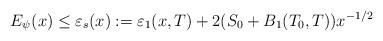
LaTeX: \begin{align*} E_{\psi}(x) \le \varepsilon_s(x) := \varepsilon_1(x,T) + 2(S_0 + B_1(T_0,T))x^{-1/2} \end{align*}